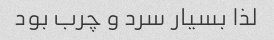
لذا بسیار سرد و چرب بود